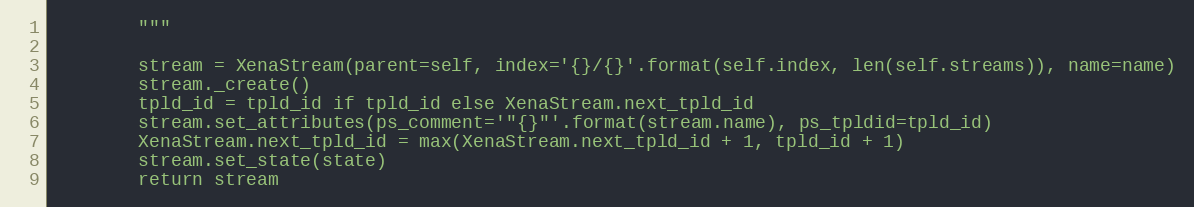
Language: Python
        """

        stream = XenaStream(parent=self, index='{}/{}'.format(self.index, len(self.streams)), name=name)
        stream._create()
        tpld_id = tpld_id if tpld_id else XenaStream.next_tpld_id
        stream.set_attributes(ps_comment='"{}"'.format(stream.name), ps_tpldid=tpld_id)
        XenaStream.next_tpld_id = max(XenaStream.next_tpld_id + 1, tpld_id + 1)
        stream.set_state(state)
        return stream